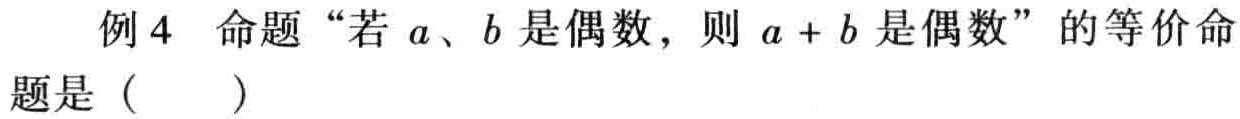
例4 命题“若\(a、b\)是偶数，则\(a + b\)是偶数”的等价命题是（  ）